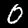
Label: 0